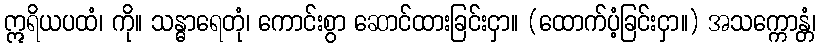
ဣရိယပထံ၊ ကို။ သန္ဓာရေတုံ၊ ကောင်းစွာ ဆောင်ထားခြင်းငှာ။ (ထောက်ပံ့ခြင်းငှာ။) အသက္ကောန္တံ၊